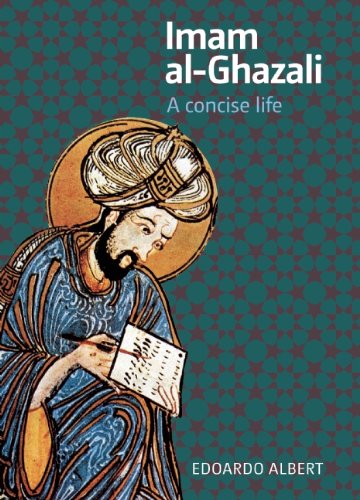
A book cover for Imam al-Ghazali: A Concise Life; Edoardo Albert; Teen & Young Adult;